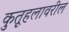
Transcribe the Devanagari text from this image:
कुतूहलावरील